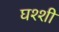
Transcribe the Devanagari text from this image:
घश्शी